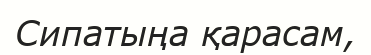
Сипатыңа қарасам,